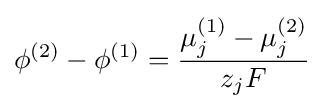
\phi ^{(2)}-\phi ^{(1)}={\frac {\mu _{j}^{(1)}-\mu _{j}^{(2)}}{z_{j}F}}